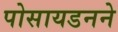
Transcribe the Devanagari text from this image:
पोसायडनने